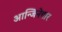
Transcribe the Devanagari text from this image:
आन्जिनेयार